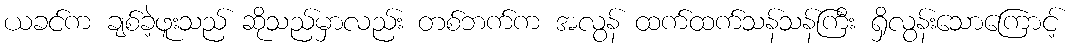
ယခင်က ချစ်ခဲ့ဖူးသည် ဆိုသည်မှာလည်း တစ်ဘက်က အလွန် ထက်ထက်သန်သန်ကြီး ရှိလွန်းသောကြောင့်